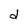
Character: d